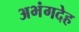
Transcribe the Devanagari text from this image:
अभंगदेह